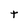
Character: t